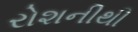
રોશનીથી